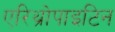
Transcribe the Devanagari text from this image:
एरिथ्रोपाइटिन